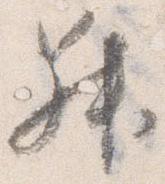
昇